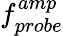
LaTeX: f_{probe}^{amp}